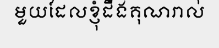
មួយដែលខ្ញុំដឹងគុណរាល់